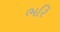
ભરિ